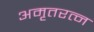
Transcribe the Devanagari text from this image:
अमृतरत्न